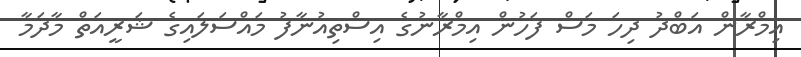
އިމްރާން އަބްދު ދިހަ މަސް ފަހުން އިމްރާނުގެ އިސްތިއުނާފު މައްސަލައިގެ ޝަރީއަތް މާދަމާ